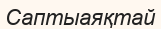
Саптыаяқтай